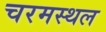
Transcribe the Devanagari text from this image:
चरमस्थल